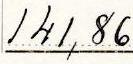
141,86